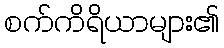
စက်ကိရိယာများ၏